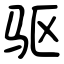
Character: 驱